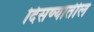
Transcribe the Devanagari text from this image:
दिसण्यातील